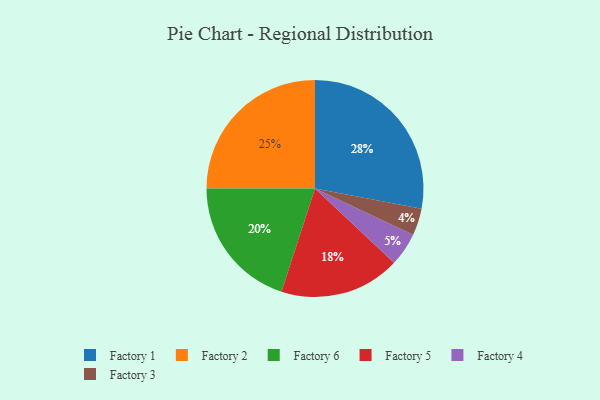
{"axis": {"x": "Category", "y": "Percentage"}, "legend": ["Factory 1", "Factory 2", "Factory 3", "Factory 4", "Factory 5", "Factory 6"], "data": [{"x": "Factory 6", "y": 20, "type": "Factory 6"}, {"x": "Factory 4", "y": 5, "type": "Factory 4"}, {"x": "Factory 3", "y": 4, "type": "Factory 3"}, {"x": "Factory 5", "y": 18, "type": "Factory 5"}, {"x": "Factory 1", "y": 28, "type": "Factory 1"}, {"x": "Factory 2", "y": 25, "type": "Factory 2"}]}